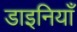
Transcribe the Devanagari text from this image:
डाइनियाँ